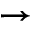
\rightarrow